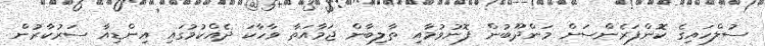
ސުލްހައިގެ ކޮންފަރެންސަށް މަންދޫބުން ފޮނުވުމާއި ތާލިބާން ޖަމާއަތާ ވާހާކަ ދެއްކުމުގައި އިންޑިއާ ސަރުކާރުން